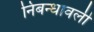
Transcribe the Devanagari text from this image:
निबन्‍धावली